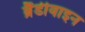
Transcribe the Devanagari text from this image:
ब्रैंडीवाइन